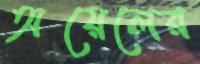
অয়েলের